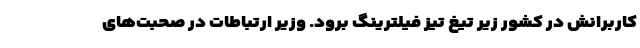
کاربرانش در کشور زیر تیغ تیز فیلترینگ برود. وزیر ارتباطات در صحبت‌های